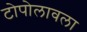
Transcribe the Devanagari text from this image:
टोपोलावला